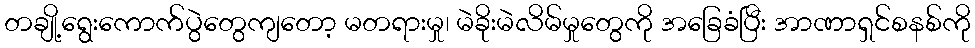
တချို့ရွေးကောက်ပွဲတွေကျတော့ မတရားမှု၊ မဲခိုးမဲလိမ်မှုတွေကို အခြေခံပြီး အာဏာရှင်စနစ်ကို